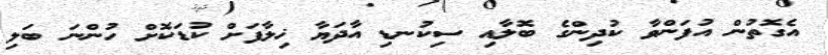
އެގޮތުން އުފަންވާ ކުދިންގެ ބޮލާއި ސިކުނޑި އާދަޔާ ޚިލާފަށް ކުޑަކޮށް ހުންނަ ބަލި